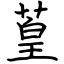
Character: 葟